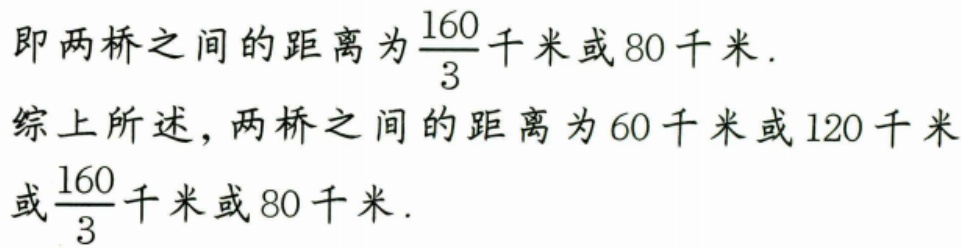
即两桥之间的距离为\(\frac{160}{3}\)千米或\(80\)千米.
综上所述，两桥之间的距离为\(60\)千米或\(120\)千米
或\(\frac{160}{3}\)千米或\(80\)千米.